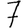
Digit: 7